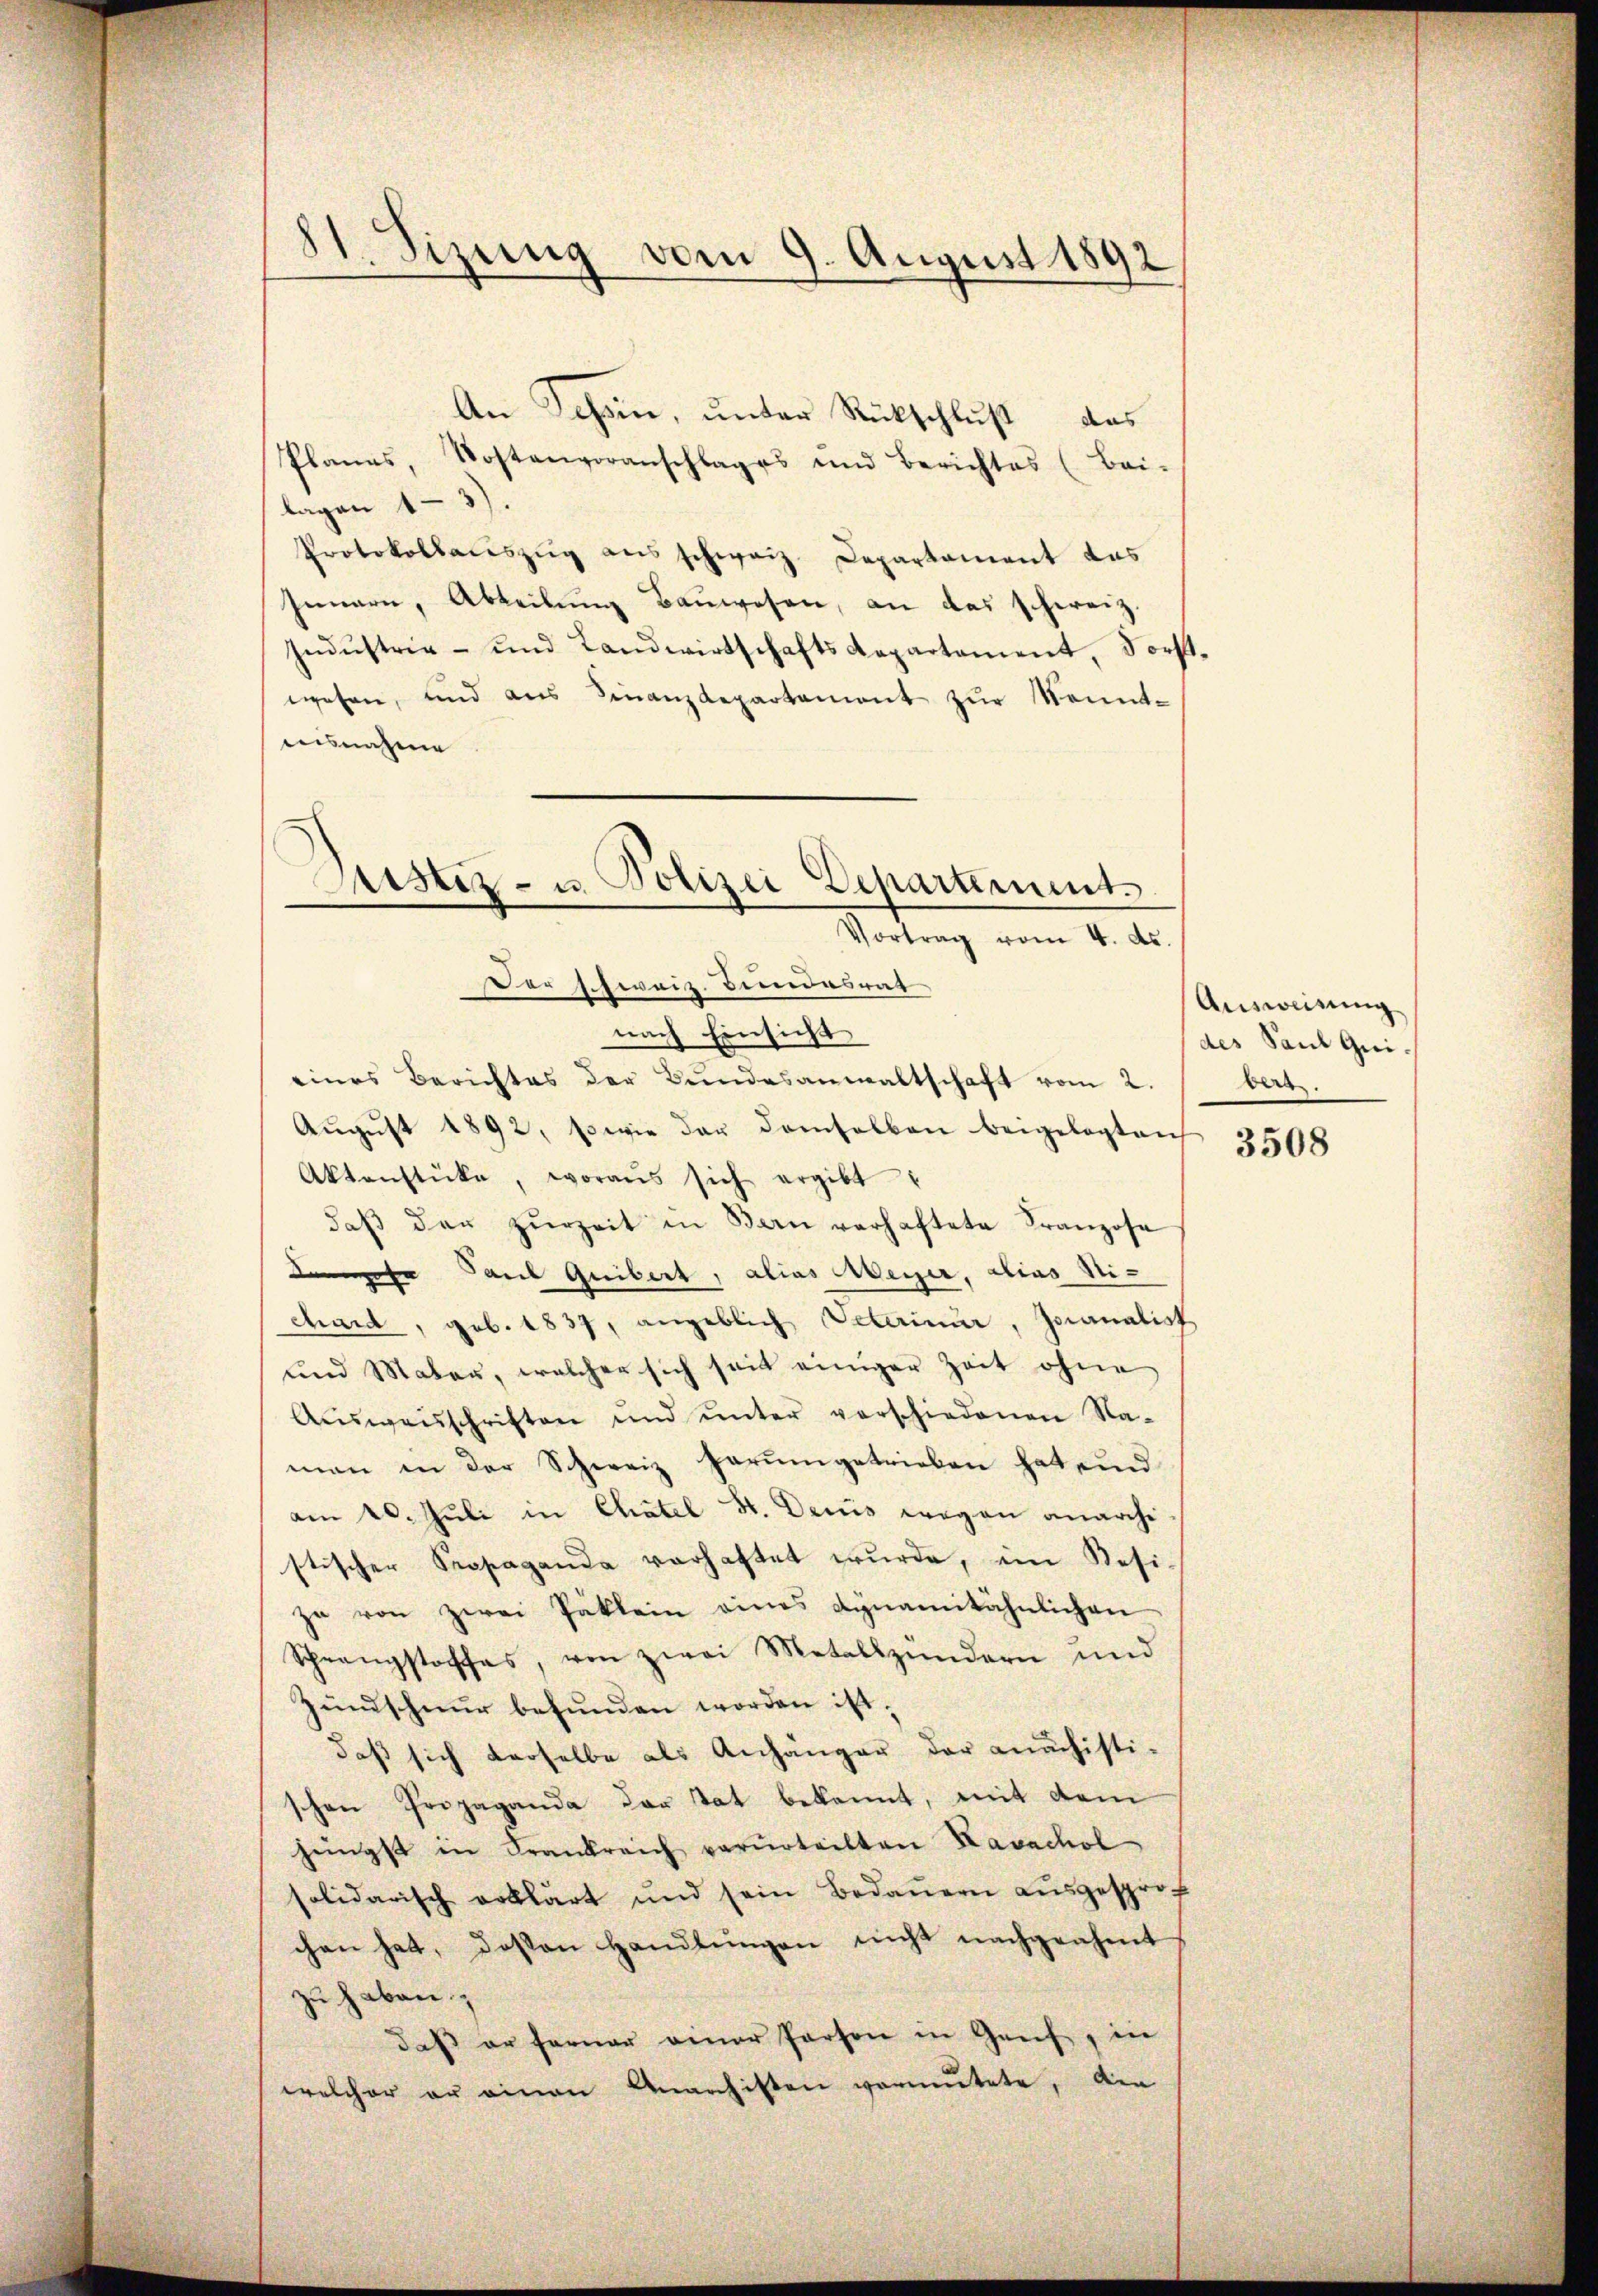
St. Sizung vom 9. August 1892

An Schein, unter Rückschluß das
Planes, Kostenvoranschlages und Berichtes (Bei-
lagen 13.
Protokollauszug aus schweiz. Departament das
Innern, Abteilŭng Baŭwesen, an das schweiz.
Indŭstrie- und Landwirtschaftsdepartement, dorst-
wesen, und aus Finanzdepartament zur Kenntausnahme
Der schweiz. Bundesrat
nach Einsicht
eines Berichtes der Bŭndesanwaltschaft vom 2.
Aŭgŭst 1892, sowie der demselben beigelegten
Aktenstücke, woraus sich ergibt:
daβ den zŭrzeit in Bau verhaftete Franzose
se Paul Guibert, alias Meyer, alias Nichard, geb. 1837, angeblich Peteriner, Joanalist
und Mater, welcher sich seit einiger Zeit ohne
Aŭsweisschriften ŭnd ŭnter verschiedenen Na-
man in der Schweiz herumgetrieben hat ein
am 20. Juli in Chatel St. Decis wegen anarchi
stischer Propaganda vorhaftet wŭrde, im Resi
zu von zwei Päklein eines dynamitähnlichen
Schranstoffes, von zwei Metallzündern und
Zundschnur befunden worden ist.
daß sich derselbe als Anhänger der nachisti-
schen Propaganda der tat bekannt, mit dem
hengst in Frankreich verurteilten Lavachol
solidarisch erklärt und sein Bedaŭern aŭsgesprof
chen hat, deßen Handlŭngen nicht nachgeahmt
zu haben.
daß er ferner einer Person in Genf, in
welcher er einen Anarchitten vermutete, die

Justiz- u. Polizei Departement
—
Vortrag vom 4. d.

Ausweisung
des Saul Quiders

3508